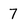
Character: 7